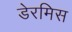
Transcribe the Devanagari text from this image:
डेरमिस